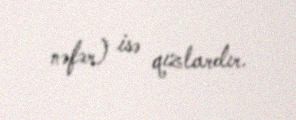
nəfər) isə qızlardır.